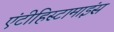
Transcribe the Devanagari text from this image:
एंटीहिस्टामाइंस